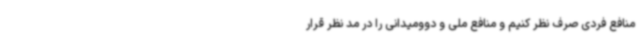
منافع فردی صرف نظر کنیم و منافع ملی و دوومیدانی را در مد نظر قرار